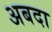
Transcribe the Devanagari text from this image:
अबदा